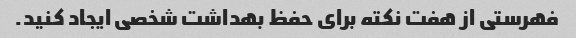
فهرستی از هفت نکته برای حفظ بهداشت شخصی ایجاد کنید.